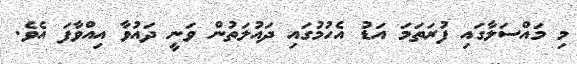
މި މައްސަލާގައި ފުރަތަމަ އަޑު އެހުމުގައި ދައުލަތުން ވަނީ ދައުވާ އިއްވާފަ އެވެ.